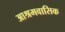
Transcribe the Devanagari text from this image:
आश्रमवासिक